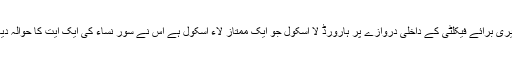
لائبریری برائے فیکلٹی کے داخلی دروازے پر ہارورڈ لا اسکول جو ایک ممتاز لاء اسکول ہے اس نے سور نساء کی ایک ایت کا حوالہ دیا ہے۔